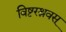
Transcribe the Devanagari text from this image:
विष्टरश्रवस्